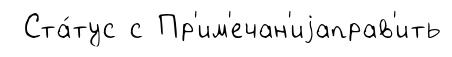
Ста́тус с Пр'им'ечан'иjаправ'ить